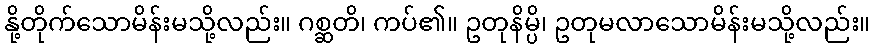
နို့တိုက်သောမိန်းမသို့လည်း။ ဂစ္ဆတိ၊ ကပ်၏။ ဥတုနိမ္ပိ၊ ဥတုမလာသောမိန်းမသို့လည်း။